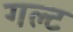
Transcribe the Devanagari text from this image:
गल्ट